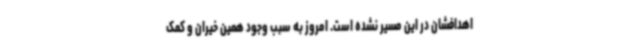
اهدافشان در این مسیر نشده است. امروز به سبب وجود همین خیران و کمک